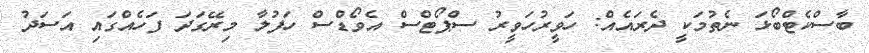
ބާސްކެޓްބޯޅަ ނެތުމަކީ ދެރައެއް: ހަވީރުހަވީރު ސްޕޯޓްސް އެވޯޑްސް ހަފުލާ މިރޭގަދަ ފަހެއްގައި އަސަދު